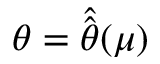
\boldsymbol { \theta } = \hat { \hat { \boldsymbol { \theta } } } ( { \boldsymbol { \mu } } )